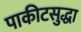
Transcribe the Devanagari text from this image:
पाकीटसुद्धा